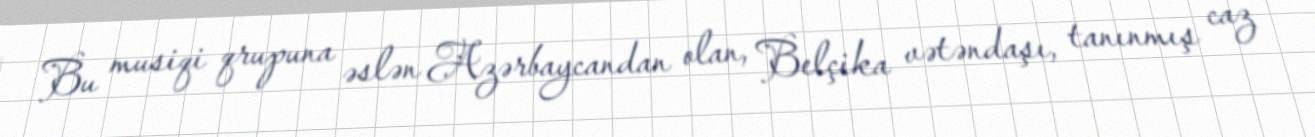
Bu musiqi qrupuna əslən Azərbaycandan olan, Belçika vətəndaşı, tanınmış caz